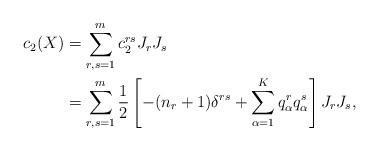
LaTeX: \begin{align*}c_2(X){}&=\sum_{r,s=1}^m c_2^{rs} J_r J_s \\{}&= \sum_{r,s=1}^m \frac{1}{2}\left[-(n_r+1)\delta^{rs} + \sum_{\alpha=1}^K q_\alpha^r q_\alpha^s \right] J_r J_s, \end{align*}